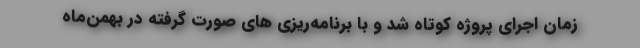
زمان اجرای پروژه کوتاه شد و با برنامه‌ریزی های صورت گرفته در بهمن‌ماه